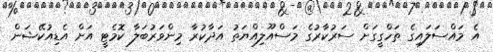
އެ މައްސަލައިގެ ތަހްގީގަށް ސަރުކާރުގެ މަސްއޫލިއްޔަތު އަދާކުރާ މިންވަރުބަލާ ކޮމެޓީ އަށް އެޑިއުކޭޝަން